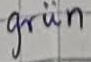
Text: grün